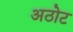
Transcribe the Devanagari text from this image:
अठोट